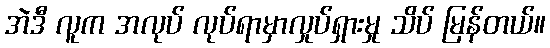
အဲဒီ လူက အလုပ် လုပ်ရာမှာလှုပ်ရှားမှု သိပ် မြန်တယ်။